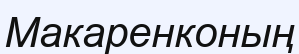
Макаренконың